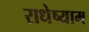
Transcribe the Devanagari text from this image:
राधेष्याम